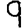
Digit: 9